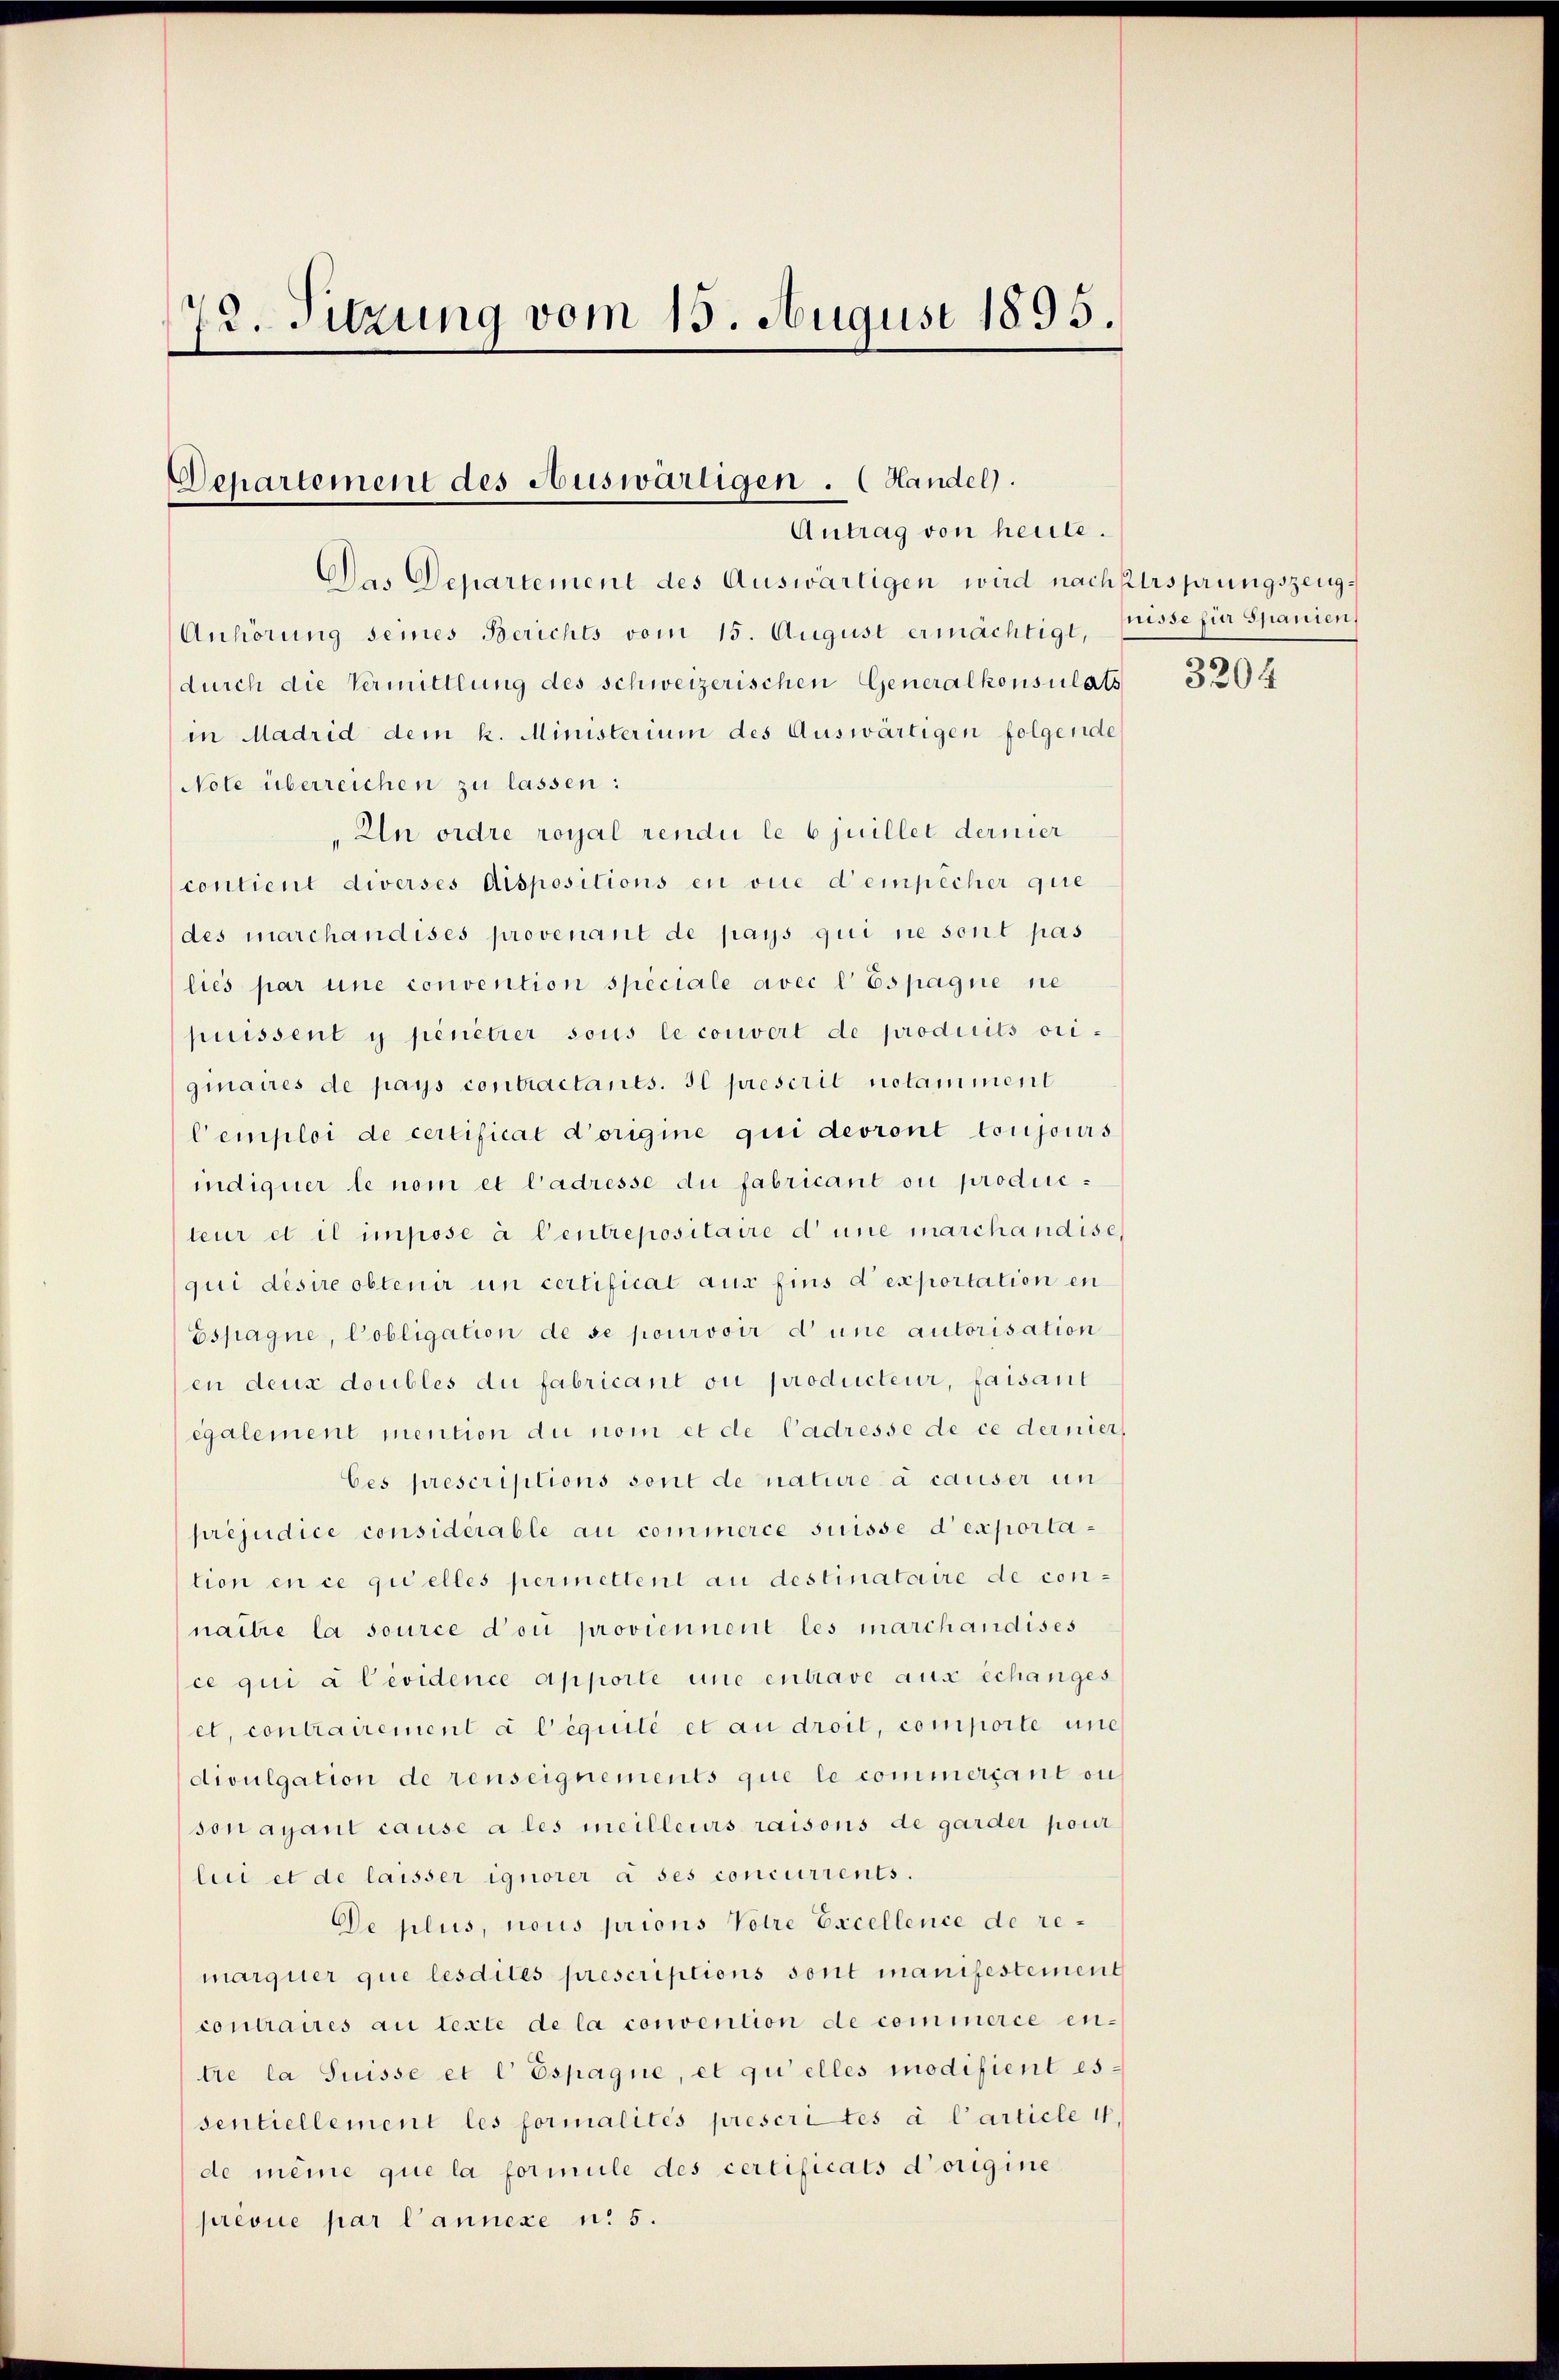
3. Sitzung vom 15. August 1895.

Departement des Auswärtigen . Handel.
Antrag von heute.

Das Departement des Auswärtigen wird nachsersprungszeug¬
Anhörung seines Berichts vom 15. August ermächtigt, Prisse für Spanien,
durch die Vermittlung des schweizerischen Generalkonsulats
in Madrid dem k. Ministerium des Auswärtigen folgende
Note überreichen zu lassen:
In ordre royal rendii le 6 juillet dernier
contient diverses dispositions en vice d’empêcher que
des marchandises provenant de pays qui ne sont pas
liés par une convention speciale avec l Espagne ne
puissent y penetier sous le couvert de produits origmaires de pays contractants. Il prescrit notamment
Cemploi de certificat d’origine qui devront toujours
indiquer le nom et l’adresse du fabricant ou producteur et il impose à Centrepositaire d’une marchandise,
qui désire obtenir un certificat aus fins d exportation en
Espagne, Cobligation de se pourvoir d’une autorisation
en deux doubles du fabricant ou producteur, faisant
egalement mention du nom et de Cadresse de ce dernier
bes prescriptions sont de nature à causer un
préjudice considérable au commerce suisse d’exportation en ce quelles permettent au destinataire de con-
naître la source doi proviennene les marchandises
ce qui a levidence apporte une entrave aus schanges
et, contrairement à l’équité et au droit, comporte uneh
divulgation de renseignements que le commercant ou
son ayant cause a les meilleurs raisons de garder pour
lui et de laisser ignorer à ses concurrents.
De plus, nous prions Volre Excellence de remarquer que lesdites prescriptions sont manifestement
contraires au texte de la convention de commerce entre la Suisse et l Espagne, et qu’elles modifient es
sentiellement les formalités prescrites à l’article 4,
de même que la formule des certificats d’origine
presue par lannexe n. 5.

3204